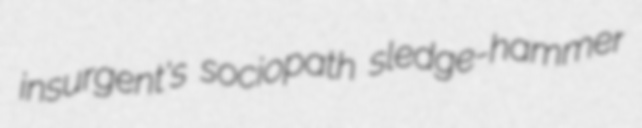
insurgent's sociopath sledge-hammer